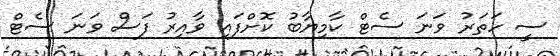
ސީ ހަތަރު ވަނަ ސެޓް ކާމިޔާބު ކޮށްފައި ވާއިރު ފަސް ވަނަ ސެޓް